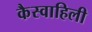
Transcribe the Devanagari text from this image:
कैस्वाहिली